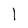
Character: l